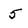
Character: 5